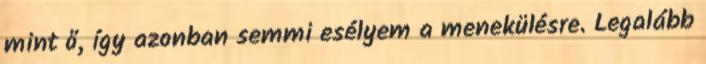
mint ő, így azonban semmi esélyem a menekülésre. Legalább